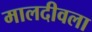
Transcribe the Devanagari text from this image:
मालदीवला